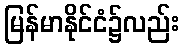
မြန်မာနိုင်ငံ၌လည်း